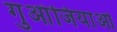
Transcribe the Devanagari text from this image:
गुआंजियाओ